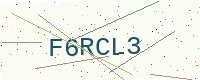
Text: F6RCL3